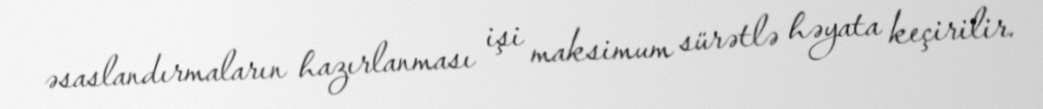
əsaslandırmaların hazırlanması işi maksimum sürətlə həyata keçirilir.